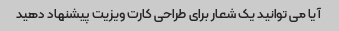
آیا می توانید یک شعار برای طراحی کارت ویزیت پیشنهاد دهید